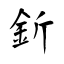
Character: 釿